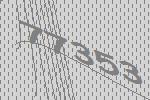
77353